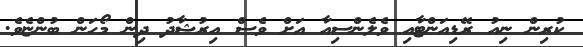
ކުރިން ނިއު ރޭޑިއަންޓާއި ވެލެންސިއާ އަށް ވެސް އިރުޝާދު ދިން މޯހަން ބުންޏެވެ.